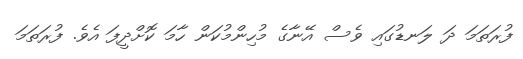
ފުރަތަމަ ދަ ލަނޑުގައި ވެސް އޭނާގެ މުހިންމުކަން ހާމަ ކޮށްދީފަ އެވެ. ފުރަތަމަ